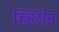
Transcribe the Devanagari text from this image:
च्हिरोन